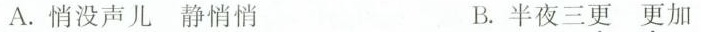
A.悄没声儿静悄悄 B.半夜三更更加